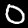
Label: 0